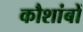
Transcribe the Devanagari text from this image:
कौशांबों